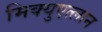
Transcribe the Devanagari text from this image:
मिक्युएत्लान